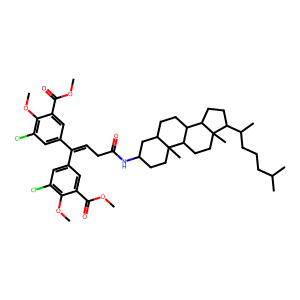
SMILES: COC(=O)c1cc(C(=CCC(=O)NC2CCC3(C)C(CCC4C3CCC3(C)C(C(C)CCCC(C)C)CCC43)C2)c2cc(Cl)c(OC)c(C(=O)OC)c2)cc(Cl)c1OC
Inhibits HIV replication: No